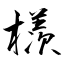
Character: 檨